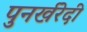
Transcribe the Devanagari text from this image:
पुनर्खरेदी